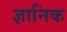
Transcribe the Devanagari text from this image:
ज्ञानिक